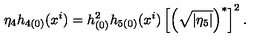
\eta _ { 4 } h _ { 4 ( 0 ) } ( x ^ { i } ) = h _ { ( 0 ) } ^ { 2 } h _ { 5 ( 0 ) } ( x ^ { i } ) \left[ \left( \sqrt { | \eta _ { 5 } | } \right) ^ { \ast } \right] ^ { 2 } .